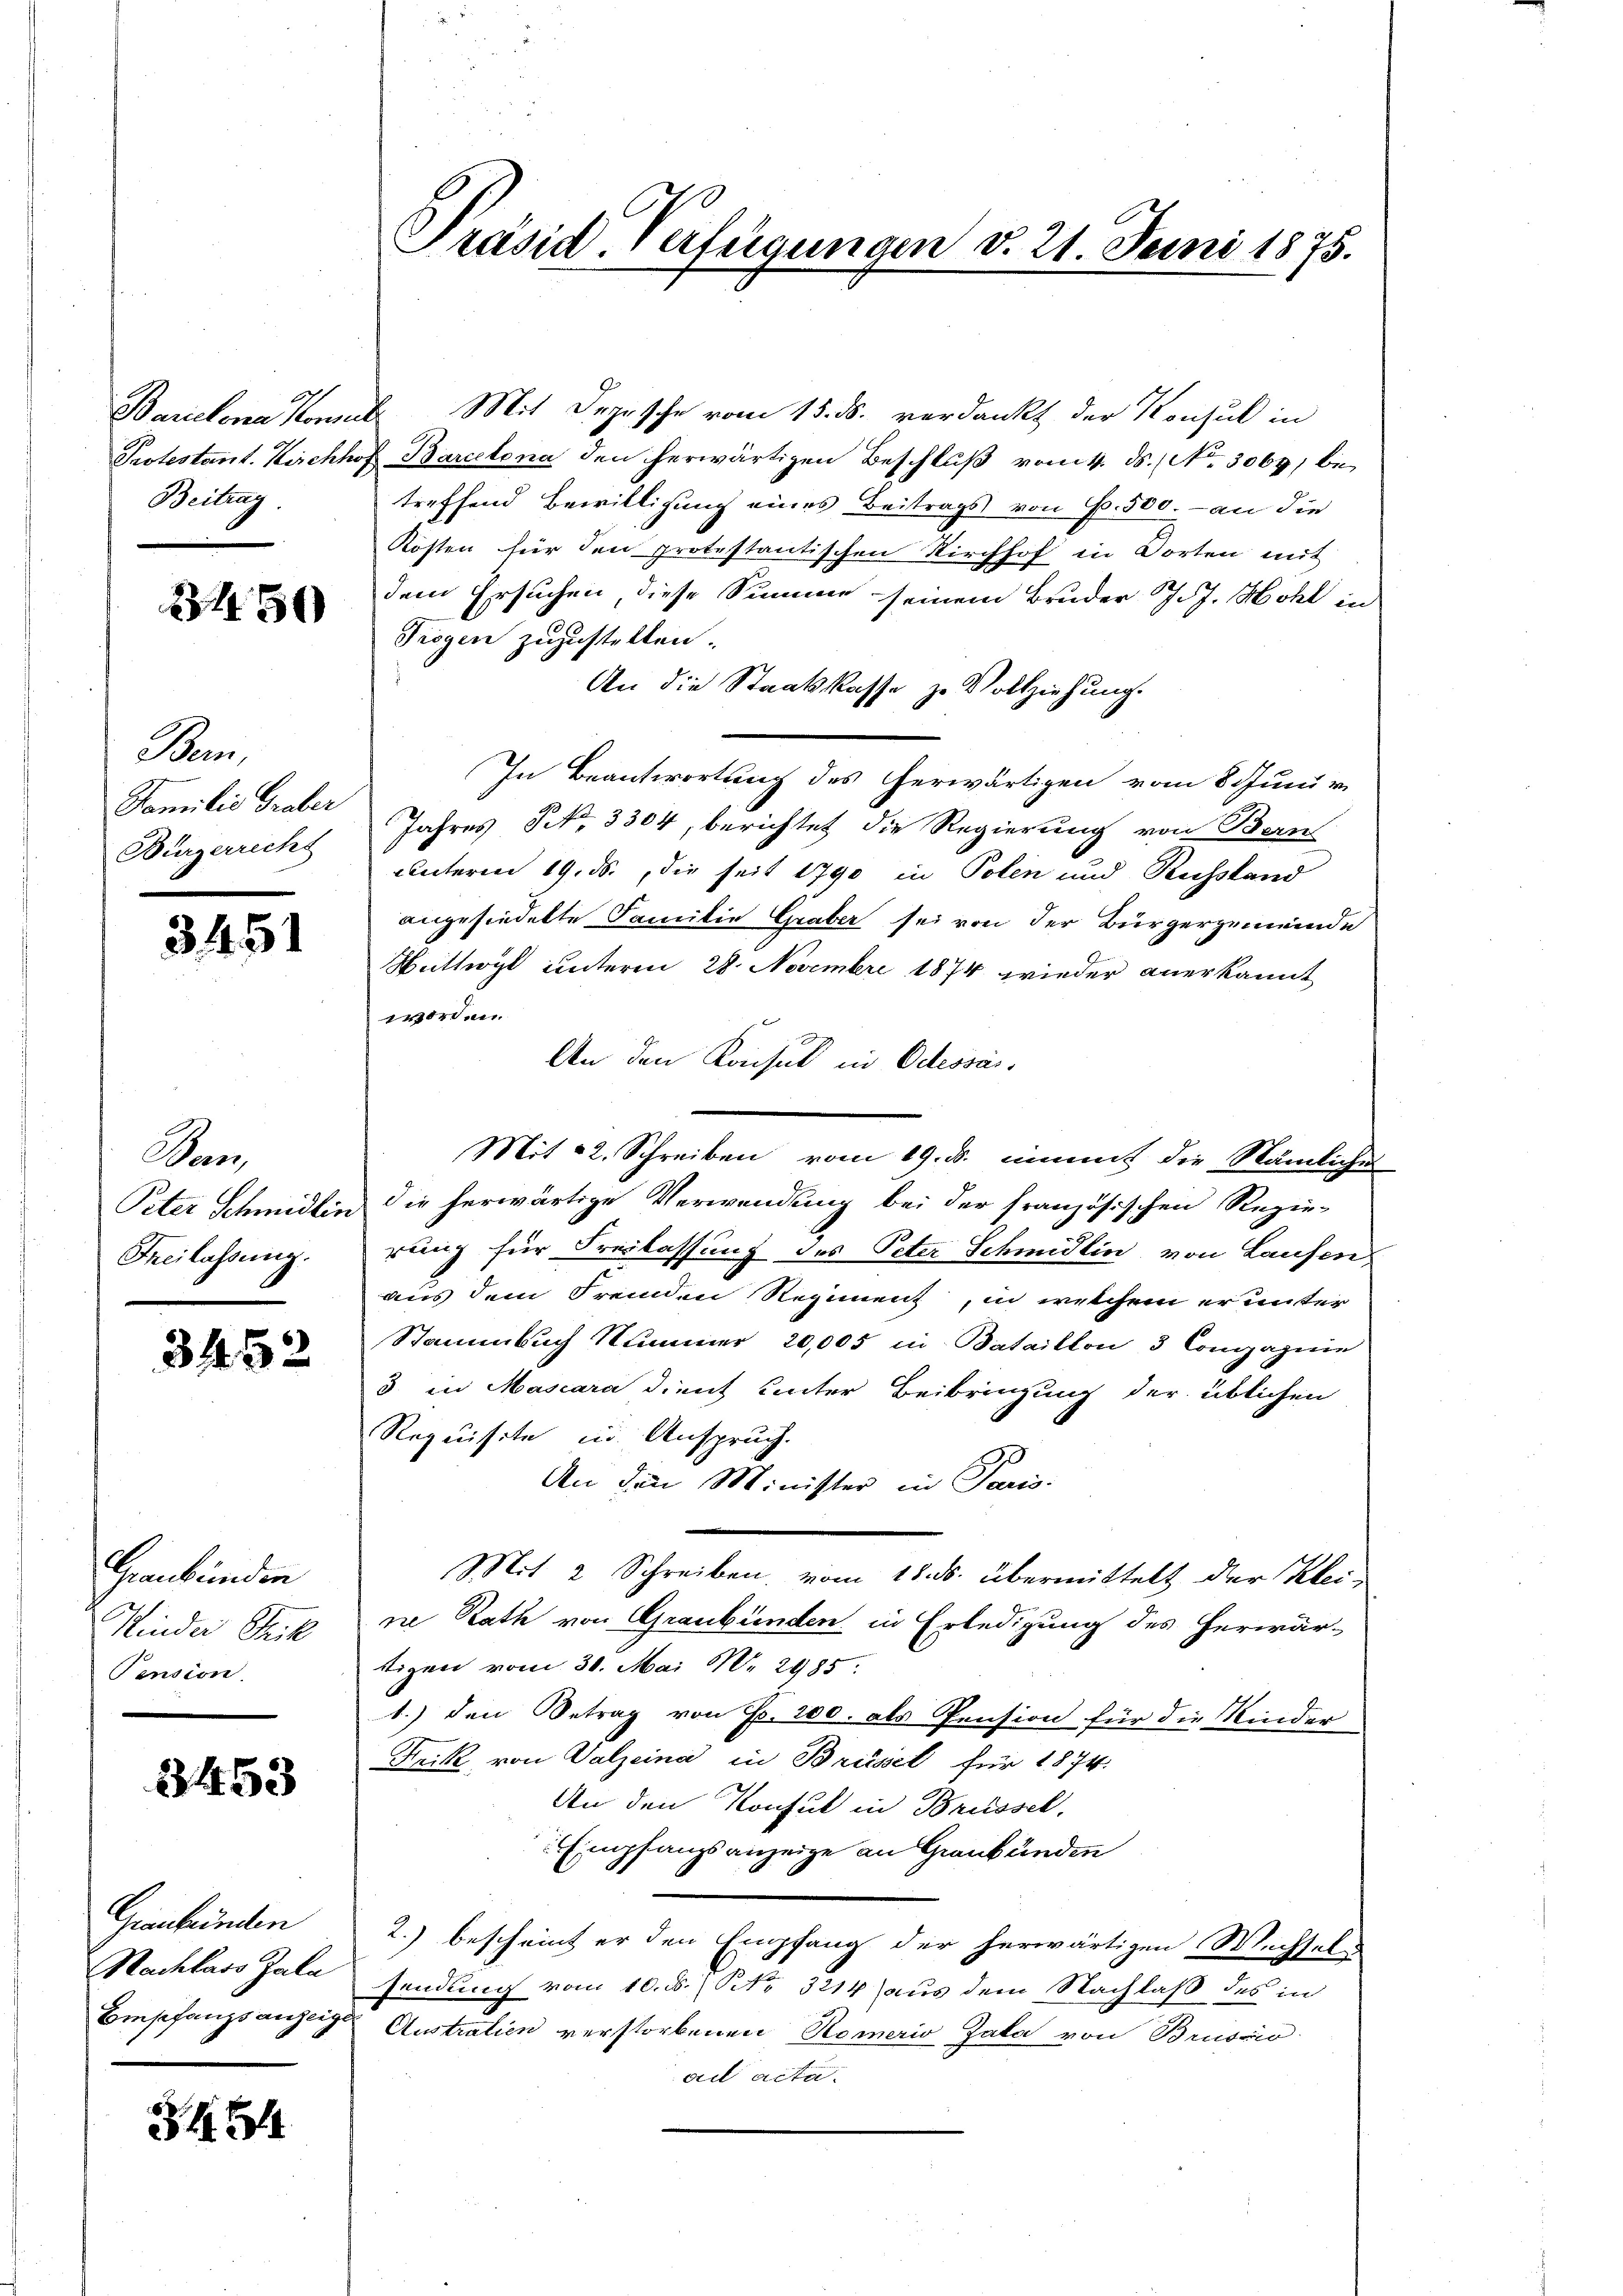
Beitrag.

450

Bern,
Bürgerrechts

3451

Man
Freilassung.

3452

Graubünden
Kinder Trik
Pension

3453

Graubünden
Nachlass Zala

3454

Barcelona Komit Mit Depesche vom 15. ds. verdankt der Konsul in
Protestant. Kirchhof Barcelona den herwärtigen Beschlŭβ vom 4. ds. No. 3069, betreffend Bewilligung eines Beitrags von 6. 500. - an die
Kosten für den protestantischen Kirchhof in Dorten mit
dem Ersuchen, diese Summe seinem Bruder J. J. Hohl in
Tiegen zuzustellen.
An die Staatskasse zu Vollziehung.
In Beantwortung des herwärtigen vom 8. Juni v.
Familie Graber Jahres Frk. 3304, berichtet die Regierung von Bern
unterm 19. ds., die seit 1790 in Polen und Russland
angesiedette Familie Graber sei von der Bürgergemeinde
Huttwyl unterm 28. Novembre 1874 wieder anerkannt
worden.
An den Konsul in Odessar.
Mit 22. Schreiben vom 19. d. nimmt die Stämliches
Peter Schmidlin die herwärtige Verwendung bei der französischen Regie-
rung für Freilassung des Peter Schmidlin, von Laufen,
aus dem Fremden Regiment, in welchem er unter
Stammbuch Nummer 20,005 in Bataillon 3 Compagnie
3 in Mascara dient unter Beibringung der üblichen
Requisite in Anspruch.
An die Minister in Pani-
Mit 2 Schreiben vom 18. ds. übermittelt der Kleine Rath von Graubünden in Erledigung des herwär-
tigen vom 30. Mai Nr. 2985.
1.) den Betrag von Fr. 200. als Pension für die Kinder
Frik von Valzeina in Brüssel für 1874.
An den Konsul in Brüssel,
Empfangsanzeige an Graubünden
2.) bescheint er den Empfang der herwärtigen Wechsel-
sendung vom 10. ds. / NNo. 3214 aus dem Nachlaß des in
Empfangsanzeige Austratien verstorbenen Römerio Zala von Brussio
ad acta.

Präsid. Verfügungen v. 21. Juni 1875.